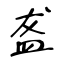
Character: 盋